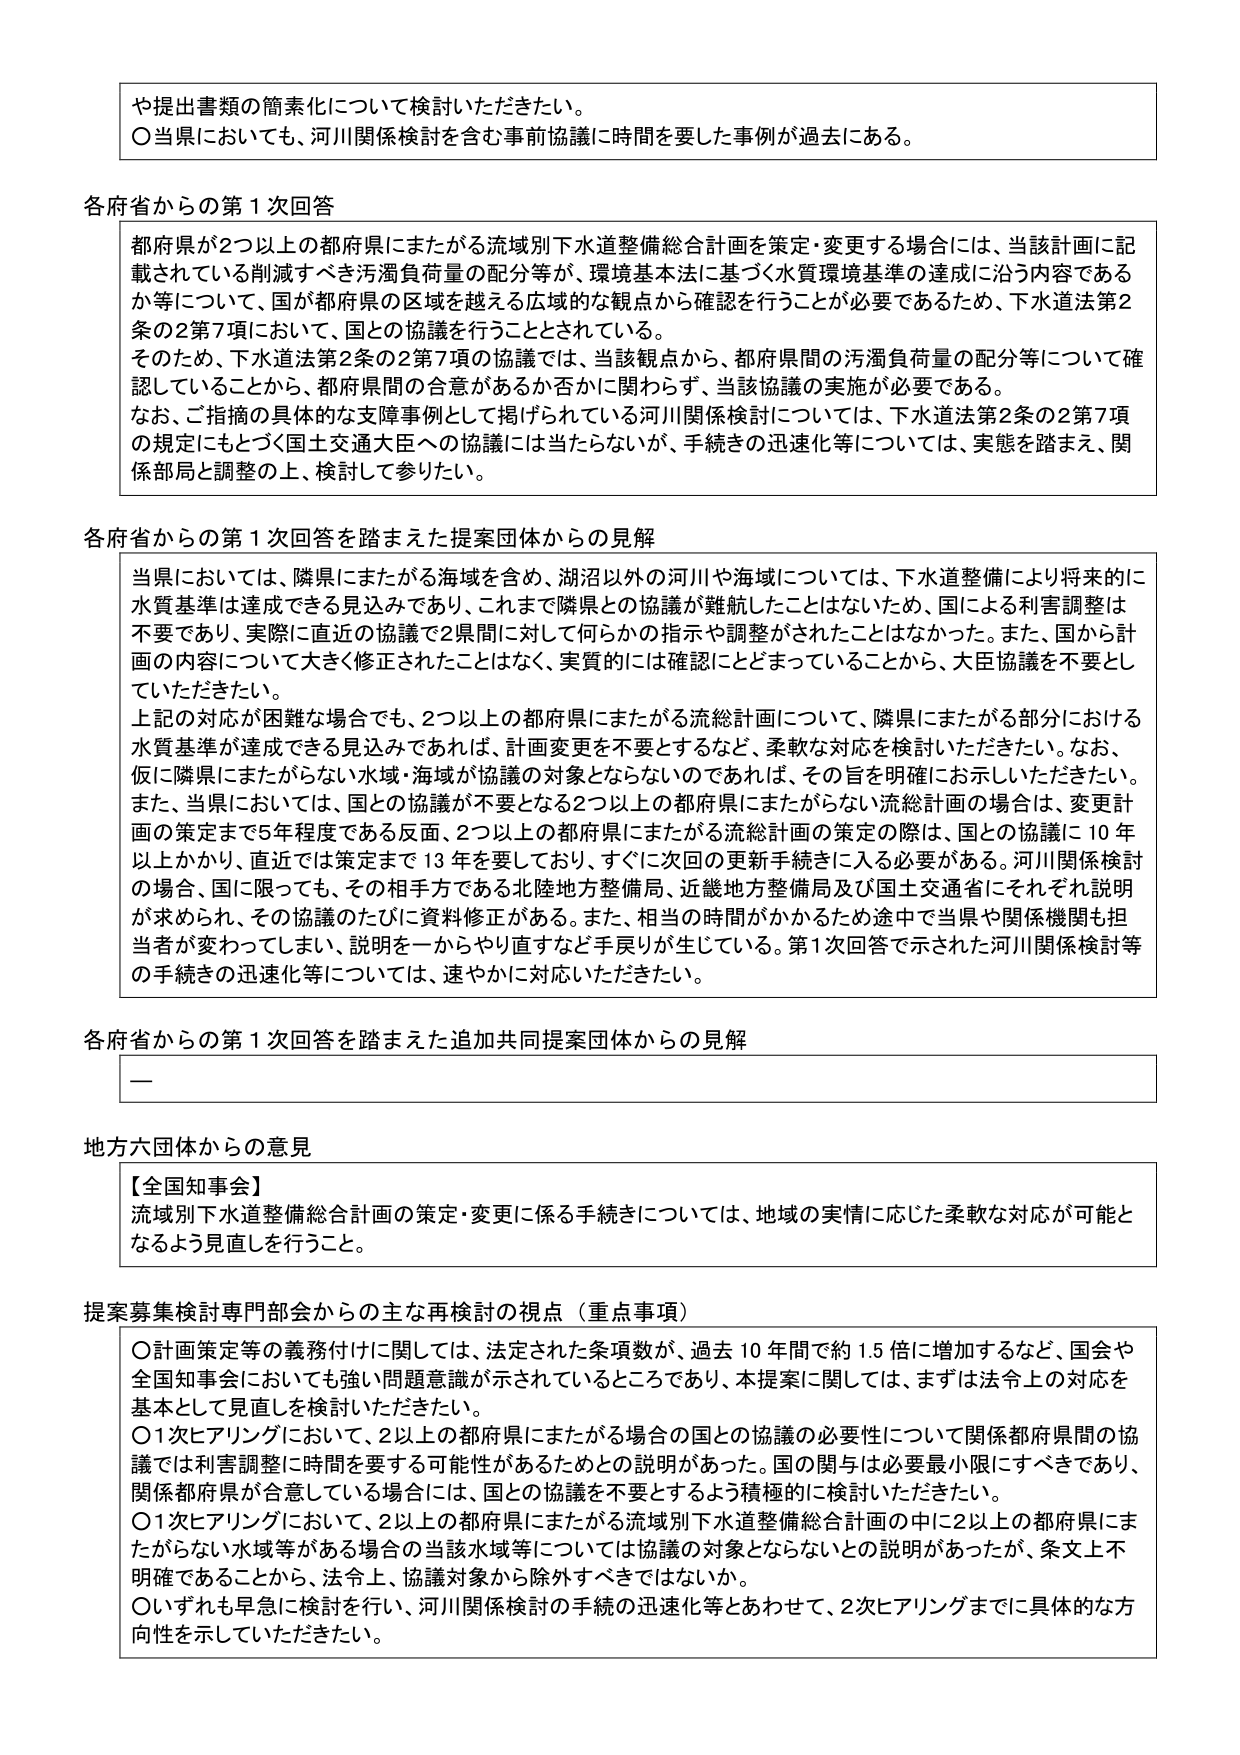
や提出書類の簡素化について検討いただきたい。
〇当県においても、河川関係検討を含む事前協議に時間を要した事例が過去にある。

各府省からの第1次回答
都府県が2つ以上の都府県にまたがる流域別下水道整備総合計画を策定・変更する場合には、当該計画に記載されている削減すべき汚濁負荷量の配分等が、環境基本法に基づく水質環境基準の達成に沿う内容であるか等について、国が都府県の区域を越える広域的な観点から確認を行うことが必要であるため、下水道法第2条の2第7項において、国との協議を行うこととされている。
そのため、下水道法第2条の2第7項の協議では、当該観点から、都府県間の汚濁負荷量の配分等について確認していることから、都府県間の合意があるか否かに関わらず、当該協議の実施が必要である。
なお、ご指摘の具体的な支障事例として掲げられている河川関係検討については、下水道法第2条の2第7項の規定にもとづく国土交通大臣への協議には当たらないが、手続きの迅速化等については、実態を踏まえ、関係部局と調整の上、検討して参りたい。

各府省からの第1次回答を踏まえた提案団体からの見解
当県においては、隣県にまたがる海域を含め、湖沼以外の河川や海域については、下水道整備により将来的に水質基準は達成できる見込みであり、これまで隣県との協議が難航したことはないため、国による利害調整は不要であり、実際に直近の協議で2県間に対して何らかの指示や調整がされたことはなかった。また、国から計画の内容について大きく修正されたことはなく、実質的には確認にとどまっていることから、大臣協議を不要としていただきたい。
上記の対応が困難な場合でも、2つ以上の都府県にまたがる流総計画について、隣県にまたがる部分における水質基準が達成できる見込みであれば、計画変更を不要とするなど、柔軟な対応を検討いただきたい。なお、仮に隣県にまたがらない水域・海域が協議の対象とならないのであれば、その旨を明確にお示しいただきたい。
また、当県においては、国との協議が不要となる2つ以上の都府県にまたがらない流総計画の場合は、変更計画の策定まで5年程度である反面、2つ以上の都府県にまたがる流総計画の策定の際は、国との協議に10年以上かかり、直近では策定まで13年を要しており、すぐに次回の更新手続きに入る必要がある。河川関係検討の場合、国に限っても、その相手方である北陸地方整備局、近畿地方整備局及び国土交通省にそれぞれ説明が求められ、その協議のたびに資料修正がある。また、相当の時間がかかるため途中で当県や関係機関も担当者が変わってしまい、説明を一からやり直すなど手戻りが生じている。第1次回答で示された河川関係検討等の手続きの迅速化等については、速やかに対応いただきたい。

各府省からの第1次回答を踏まえた追加共同提案団体からの見解
―

地方六団体からの意見
【全国知事会】
流域別下水道整備総合計画の策定・変更に係る手続きについては、地域の実情に応じた柔軟な対応が可能となるよう見直しを行うこと。

提案募集検討専門部会からの主な再検討の視点（重点事項）
〇計画策定等の義務付けに関しては、法定された条項数が、過去10年間で約1.5倍に増加するなど、国会や全国知事会においても強い問題意識が示されているところであり、本提案に関しては、まずは法令上の対応を基本として見直しを検討いただきたい。
〇1次ヒアリングにおいて、2以上の都府県にまたがる場合の国との協議の必要性について関係都府県間の協議では利害調整に時間を要する可能性があるためとの説明があった。国の関与は必要最小限にすべきであり、関係都府県が合意している場合には、国との協議を不要とするよう積極的に検討いただきたい。
〇1次ヒアリングにおいて、2以上の都府県にまたがる流域別下水道整備総合計画の中に2以上の都府県にまたがらない水域等がある場合の当該水域等については協議の対象とならないとの説明があったが、条文上不明確であることから、法令上、協議対象から除外すべきではないか。
〇いずれも早急に検討を行い、河川関係検討の手続の迅速化等とあわせて、2次ヒアリングまでに具体的な方向性を示していただきたい。